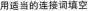
用适当的连接询填空